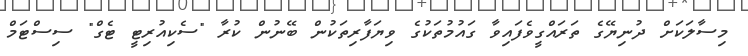
މިސާލަކަށް ދުނިޔޭގެ ތަރައްގީވެފައިވާ ގައުމުތަކުގެ ވިޔަފާރިތަކުން ބޭނުން ކުރާ "ސެކިއުރިޓީ ޓެގް" ސިސްޓަމް